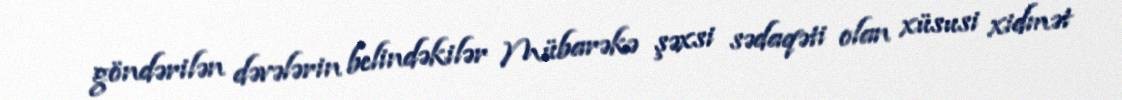
göndərilən dəvələrin belindəkilər Mübarəkə şəxsi sədaqəti olan xüsusi xidmət